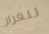
للفرار